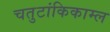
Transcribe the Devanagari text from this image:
चतुटांकिकाम्ल